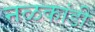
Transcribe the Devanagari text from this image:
नळकांडी